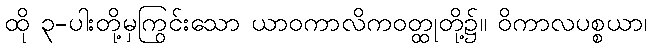
ထို ၃-ပါးတို့မှကြွင်းသော ယာဝကာလိကဝတ္ထုတို့၌။ ဝိကာလပစ္စယာ၊